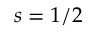
s = 1 / 2